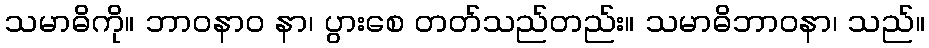
သမာဓိကို။ ဘာဝနာဝ နာ၊ ပွားစေ တတ်သည်တည်း။ သမာဓိဘာဝနာ၊ သည်။